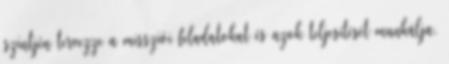
szintjén tervezze a missziói feladatokat és azok teljesítését munkálja.